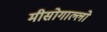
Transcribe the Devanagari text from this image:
मीसोगाल्लो